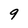
Character: 9